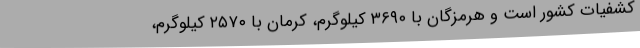
کشفیات کشور است و هرمزگان با ۳۶۹۰ کیلوگرم، کرمان با ۲۵۷۰ کیلوگرم،